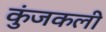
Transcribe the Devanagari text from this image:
कुंजकली